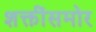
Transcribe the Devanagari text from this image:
शक्तींसमोर